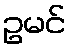
ဥမင်